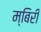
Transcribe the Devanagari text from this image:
म्बिरी